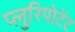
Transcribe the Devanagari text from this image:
प्लुरिपोटेंट